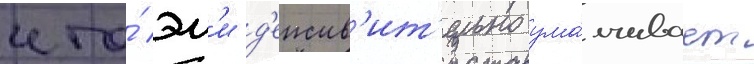
что́ эм'и д'еиств'ит'ельно ума́лчивает